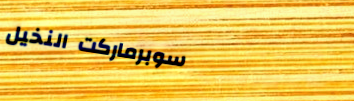
سوبرماركت النخيل